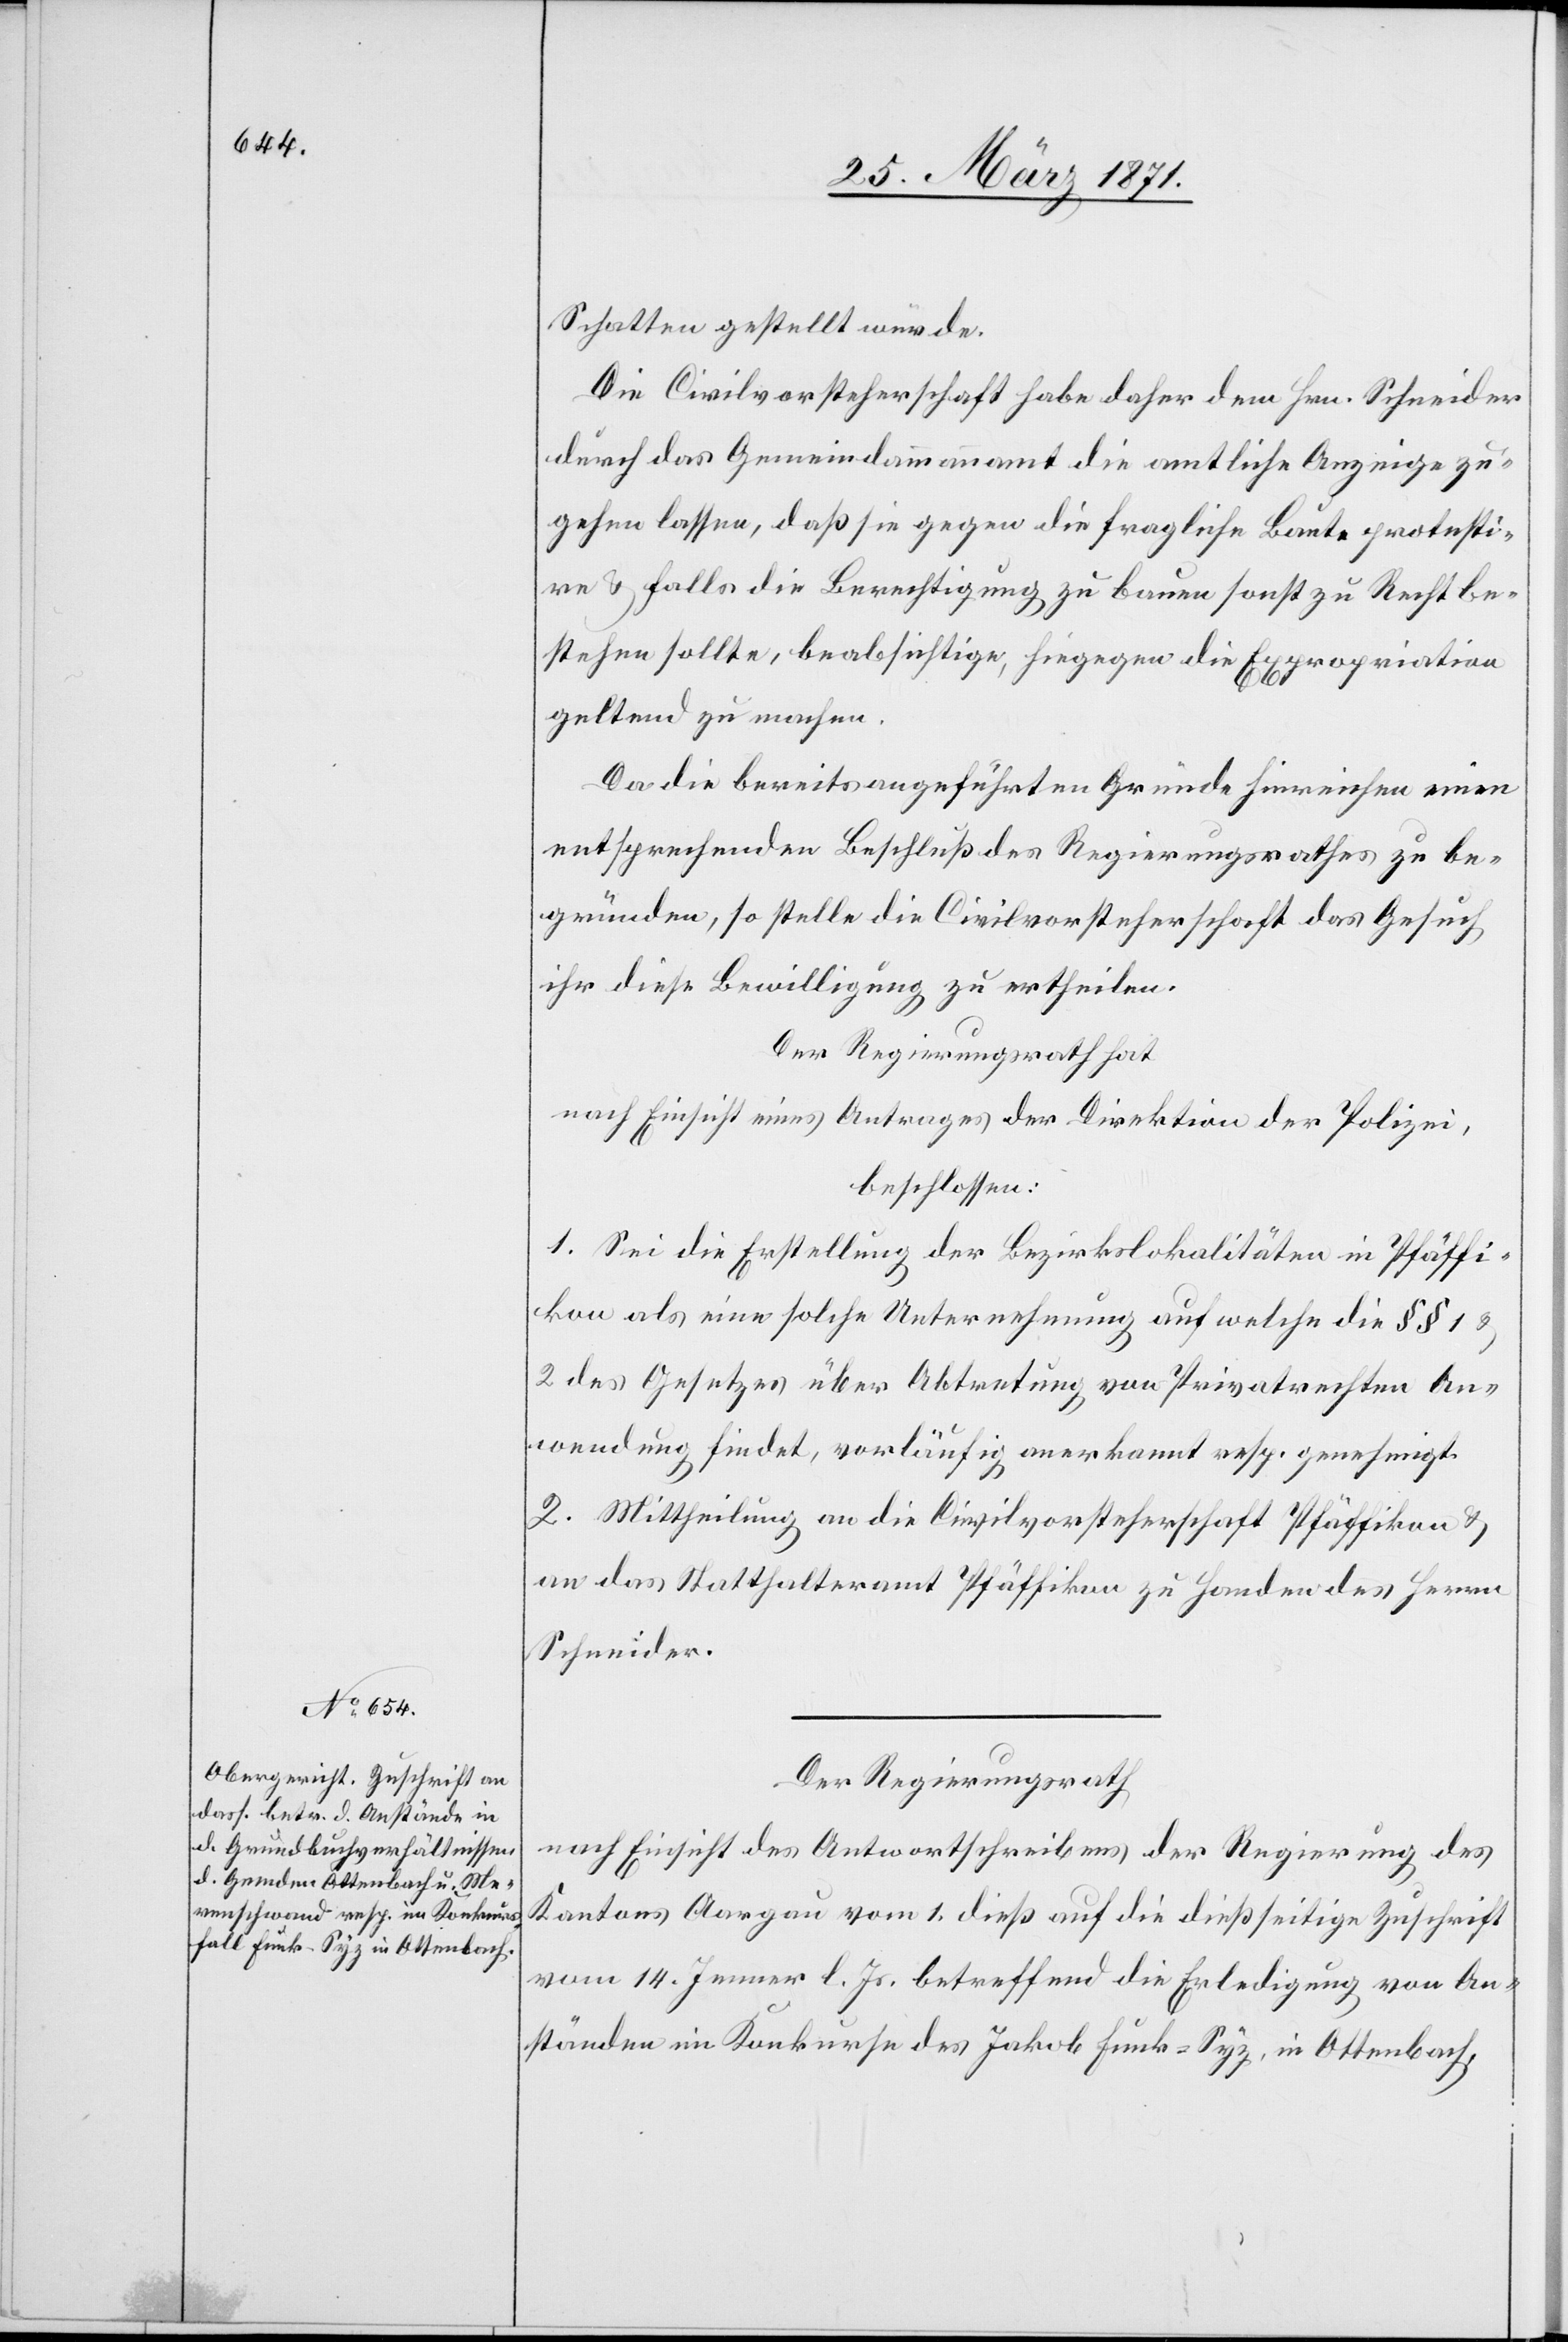
u.

Schatten gestellt würde.
Die Civilvorsteherschaft habe daher dem Hrn. Schneider
durch das Gemeindammannamt die amtliche Anzeige zu¬
gehen lassen, daß sie gegen die fragliche Baute protesti¬
ren u. falls die Berechtigung zu bauen sonst zu Recht be¬
stehen solle, beabsichtige, hiegegen die Expropriation
geltend zu machen.
Da die bereits angeführten Gründe hinreichen einen
entsprechenden Beschluß des Regierungsrathes zu be¬
gründen, so stelle die Civilvorsteherschaft das Gesuch
ihr diese Bewilligung zu ertheilen.
Der Regierungsrath hat
nach Einsicht eines Antrages der Direktion der Polizei,
beschlossen:
1. Sei die Erstellung der Bezirkslokalitäten in Pfäffi¬
kon als eine solche Unternehmung auf welche die §§ 1
2 des Gesetzes über Abtretung von Privatrechten An¬
wendung findet, vorläufig anerkannt resp. genehmigt.
2. Mittheilung an die Civilvorsteherschaft Pfäffikon u.
an das Statthalteramt Pfäffikon zu Handen des Herrn
Schneider.
Der Regierungsrath
nach Einsicht des Antwortschreibens der Regierung des
Kanton Aargau vom 1. dieß auf die dießseitige Zuschrift
vom 14. Jenner l. Js. betreffend die Erledigung von An¬
ständen im Konkurse des Jakob Funk-Syz, in Ottenbach,